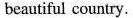
beautiful country.